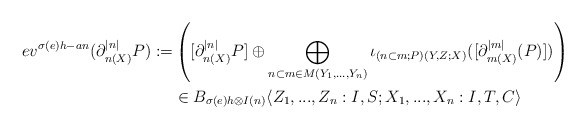
\begin{align*}ev^{\sigma (e) h-an}(\partial^{|n|}_{n(X)}P):=&\left([\partial^{|n|}_{n(X)}P]\oplus \bigoplus_{n\subset m\in M(Y_1,...,Y_n)}\iota_{(n\subset m;P)(Y,Z;X)}([\partial^{|m|}_{m(X)}(P)])\right)\\&\in B_{\sigma (e) h \otimes I(n)}\langle Z_1,...,Z_n: I,S;X_1,...,X_n:I,T,C\rangle\end{align*}